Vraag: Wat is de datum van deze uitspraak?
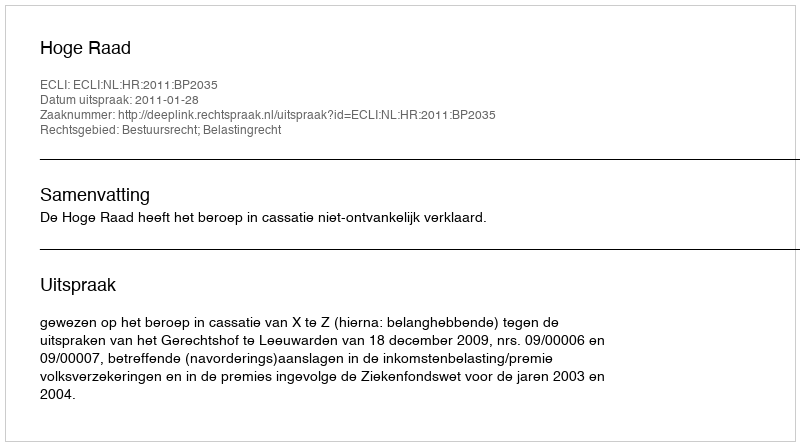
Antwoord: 2011-01-28